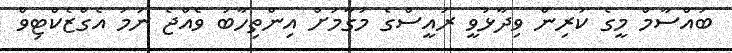
ބައްސާމް މީގެ ކުރިން ވިދާޅުވީ ރައީސްގެ މަގާމަށް އިންތިހާބު ވެއްޖެ ނަމަ އެގްޒެކްޓިވް